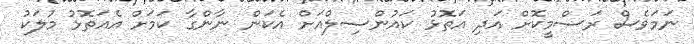
ނަމަވެސް ރަސްމީކޮށް އަދި އަތޮޅު ކައުންސިލްއަށް އެކަން ނާންގާ ކަމަށް އެއަތޮޅު މުލަކު